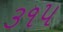
૩૧૫